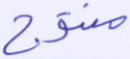
منتوج